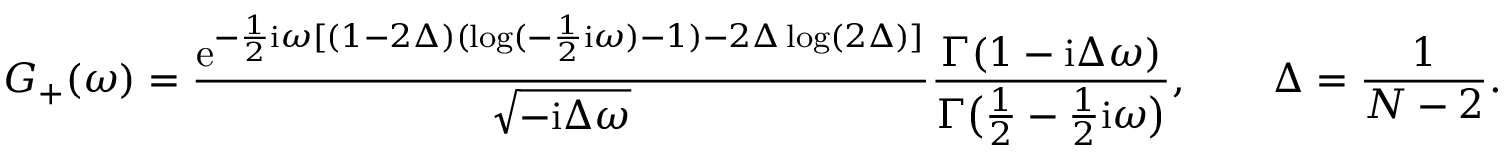
G _ { + } ( \omega ) = \frac { \mathrm { e } ^ { - { \frac { 1 } { 2 } } \mathrm { i } \omega [ ( 1 - 2 \Delta ) ( \log ( - \frac { 1 } { 2 } \mathrm { i } \omega ) - 1 ) - 2 \Delta \log ( 2 \Delta ) ] } } { \sqrt { - \mathrm { i } \Delta \omega } } \frac { \Gamma ( 1 - \mathrm { i } \Delta \omega ) } { \Gamma \big ( \frac { 1 } { 2 } - \frac { 1 } { 2 } \mathrm { i } \omega \big ) } , \qquad \Delta = \frac { 1 } { N - 2 } .